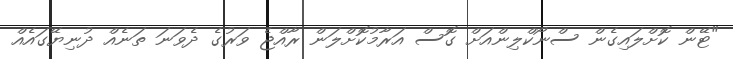
"ޓޭން ކޮށްލައިގެން ސްނޯކްލިންއަށް ގޮސް އަރާމުކޮށްލަން ރާއްޖެ ވަރުގެ ދެވަނަ ތަނެއް ދުނިޔޭގައެއް